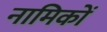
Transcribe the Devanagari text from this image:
नामिकों